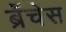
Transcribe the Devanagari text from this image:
ब्रँचेस